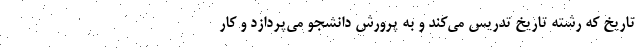
تاریخ که رشته تاریخ تدریس می‌کند و به پرورش دانشجو می‌پردازد و کار